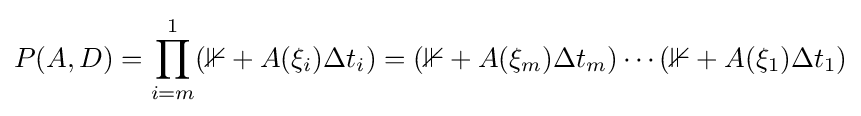
P(A,D)=\prod _{i=m}^{1}(\mathbb {1} +A(\xi _{i})\Delta t_{i})=(\mathbb {1} +A(\xi _{m})\Delta t_{m})\cdots (\mathbb {1} +A(\xi _{1})\Delta t_{1})